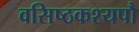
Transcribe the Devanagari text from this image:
वसिष्ठकश्यपौ